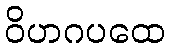
ဝိဟဂပထေ